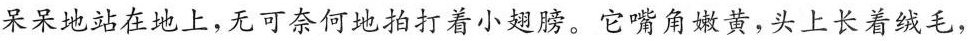
呆呆地站在地上，无可奈何地拍打着小翅膀。它嘴角嫩黄，头上长着绒毛，